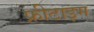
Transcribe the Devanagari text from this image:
फ्रीटाइम